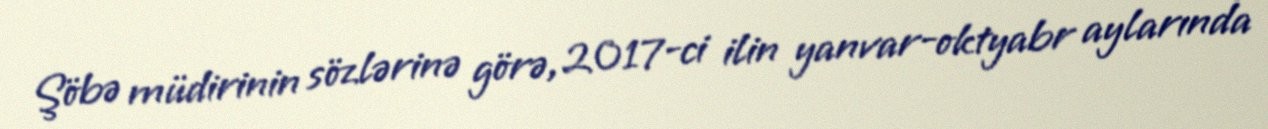
Şöbə müdirinin sözlərinə görə, 2017-ci ilin yanvar-oktyabr aylarında